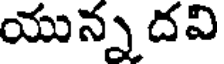
యున్న దవి